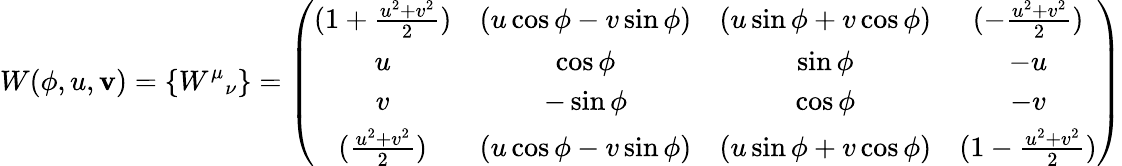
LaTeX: W(\phi,u,\mathbf{v})=\{ {W^{\mu}}_{\nu}\} =\left(\begin{array}{cccc}{{(1+\frac{u^{2}+v^{2}}{2})}}&{{(u\cos\phi-v\sin\phi)}}&{{(u\sin\phi+v\cos\phi)}}&{{(-\frac{u^{2}+v^{2}}{2})}}\\ {{u}}&{{\cos\phi}}&{{\sin\phi}}&{{-u}}\\ {{v}}&{{-\sin\phi}}&{{\cos\phi}}&{{-v}}\\ {{(\frac{u^{2}+v^{2}}{2})}}&{{(u\cos\phi-v\sin\phi)}}&{{(u\sin\phi+v\cos\phi)}}&{{(1-\frac{u^{2}+v^{2}}{2})}}\end{array}\right)